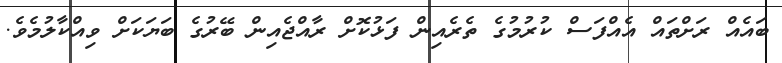
ބައެއް ރަށްތައް އެއްފަސް ކުރުމުގެ ތެރެއިން ފަޅުކޮށް ރާއްޖެއިން ބޭރުގެ ބަޔަކަށް ވިއްކާލުމެވެ.